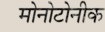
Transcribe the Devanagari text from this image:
मोनोटोनीक